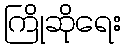
ကြိုဆိုရေး